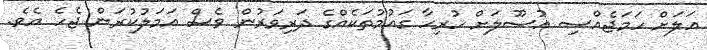
އަލަށް ހަމަޖެއްސި އުސޫލަށް ހުރިހާ ގައުމުތަކެއްގެ ދަރިވަރުން ވެސް އަމަލުކުރަން ޖެހެ އެވެ.